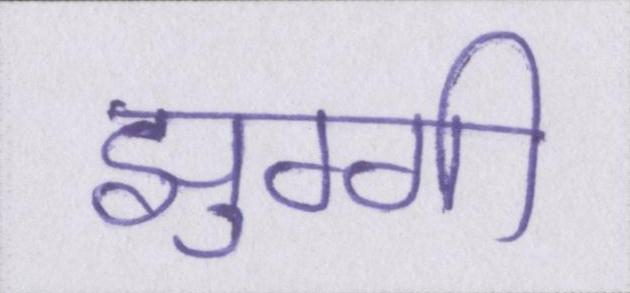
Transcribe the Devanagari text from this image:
झुग्गी